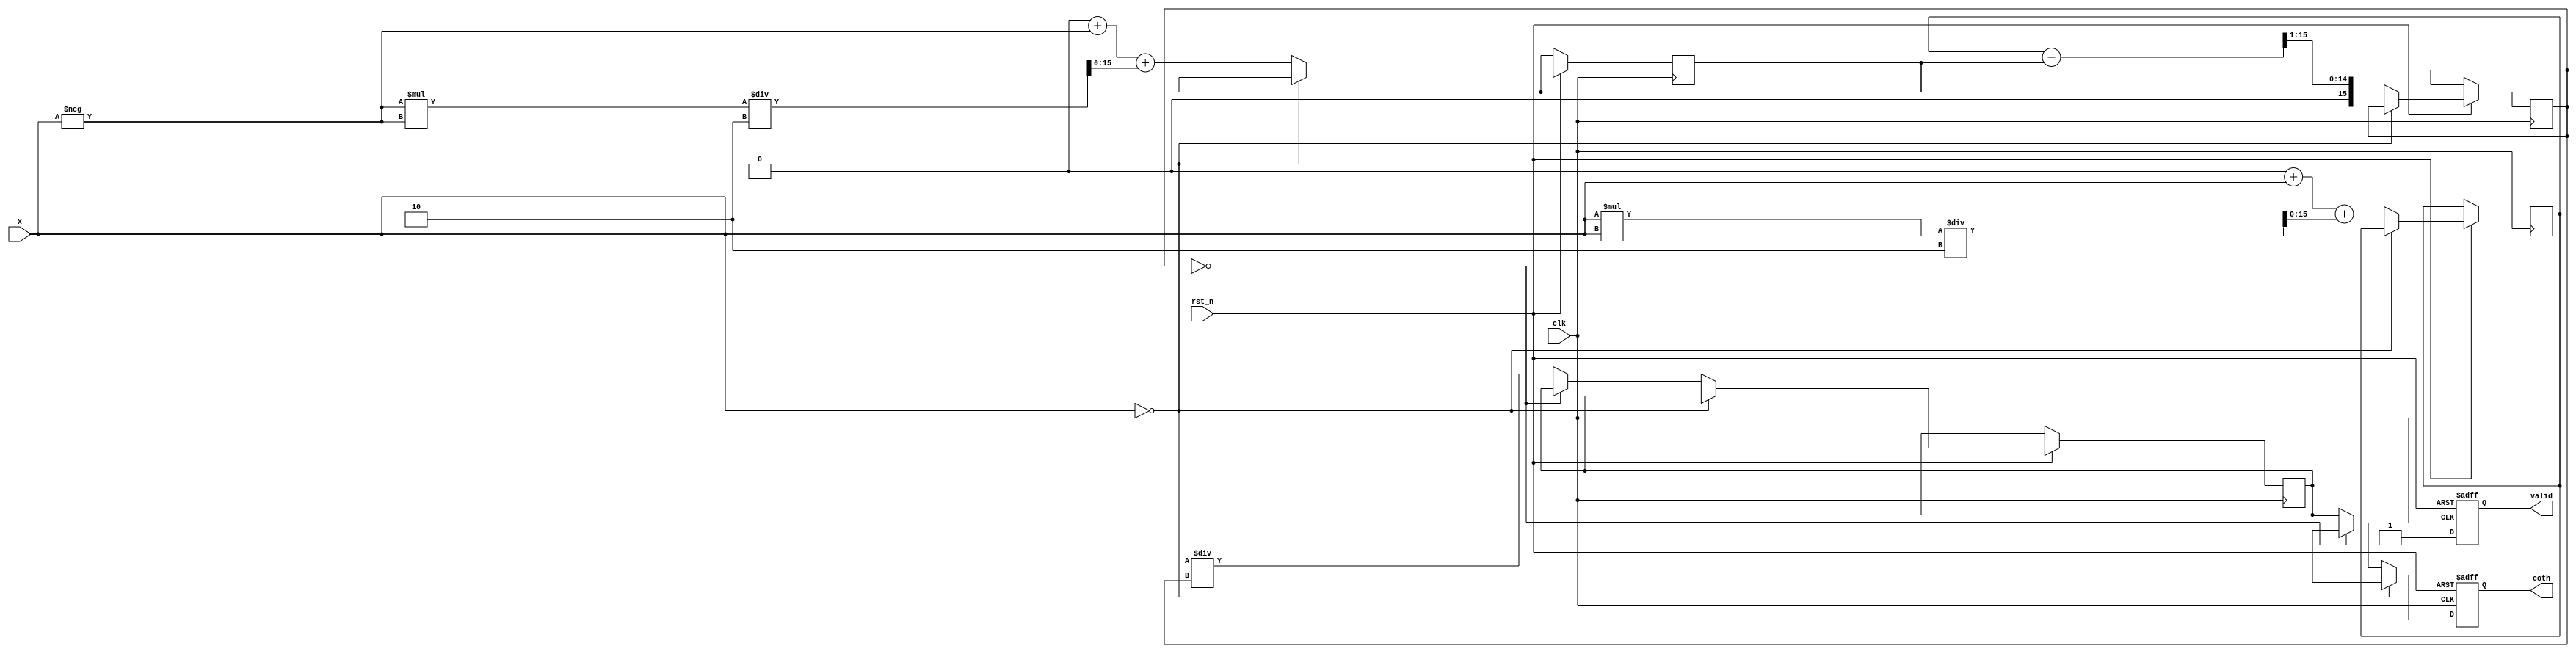
module hyperbolic_cotangent #(
    parameter N = 16, // Input width
    parameter M = 16  // Output width
)(
    input wire clk,
    input wire rst_n,
    input wire [N-1:0] x, // Input value
    output reg [M-1:0] coth, // Output value
    output reg valid // Output valid signal
);

    // Internal signals
    reg [N-1:0] exp_x;
    reg [N-1:0] exp_neg_x;
    reg [N-1:0] cosh_x;
    reg [N-1:0] sinh_x;
    reg [N-1:0] temp_coth;

    // Exponential function (simple approximation)
    function [N-1:0] exp_func;
        input [N-1:0] x;
        begin
            // Simple approximation for e^x using Taylor series or LUT
            // This is a placeholder; a more accurate implementation is needed
            exp_func = (1 << N) + x + (x * x) / 2; // e^x ~ 1 + x + x^2/2
        end
    endfunction

    // Always block for computing coth
    always @(posedge clk or negedge rst_n) begin
        if (!rst_n) begin
            coth <= 0;
            valid <= 0;
        end else begin
            // Handle special case for zero input
            if (x == 0) begin
                coth <= {M{1'bx}}; // Undefined
                valid <= 1;
            end else begin
                // Calculate e^x and e^(-x)
                exp_x <= exp_func(x);
                exp_neg_x <= exp_func(-x);

                // Calculate cosh(x) and sinh(x)
                cosh_x <= (exp_x + exp_neg_x) >> 1; // cosh(x) = (e^x + e^(-x)) / 2
                sinh_x <= (exp_x - exp_neg_x) >> 1; // sinh(x) = (e^x - e^(-x)) / 2

                // Handle division by zero
                if (sinh_x == 0) begin
                    coth <= {M{1'bx}}; // Undefined
                end else begin
                    // Calculate coth(x) = cosh(x) / sinh(x)
                    temp_coth <= (cosh_x << M) / sinh_x; // Shift for fixed-point division
                    coth <= temp_coth[M-1:0]; // Assign to output
                end
                valid <= 1;
            end
        end
    end

endmodule